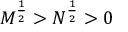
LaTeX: M ^ { \frac { 1 } { 2 } } > N ^ { \frac { 1 } { 2 } } > 0